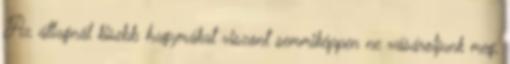
Az átlagnál kisebb hagymákat viszont semmiképpen ne vásároljunk meg,